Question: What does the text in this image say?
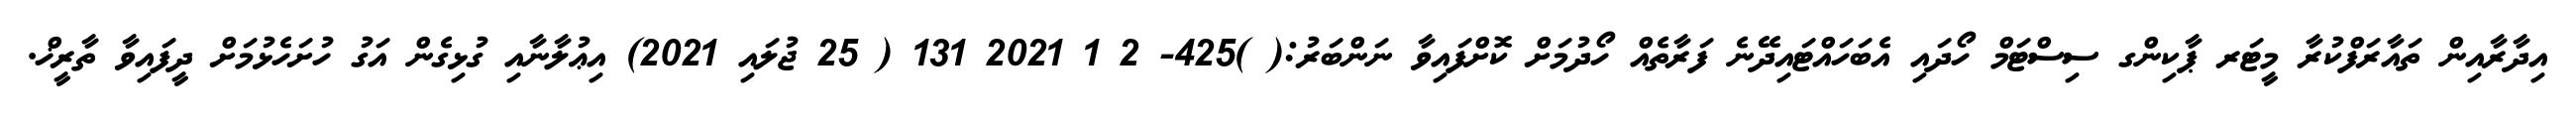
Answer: އިދާރާއިން ތައާރަފްކުރާ މީޓަރ ޕާކިންގ ސިސްޓަމް ހޯދައި އެބަހައްޓައިދޭނެ ފަރާތެއް ހޯދުމަށް ކޮށްފައިވާ ނަންބަރު:( )425- 2 1 2021 131 ( 25 ޖުލައި 2021) އިޢުލާނާއި ގުޅިގެން އަގު ހުށަހެޅުމަށް ދީފައިވާ ތާރީޚް.